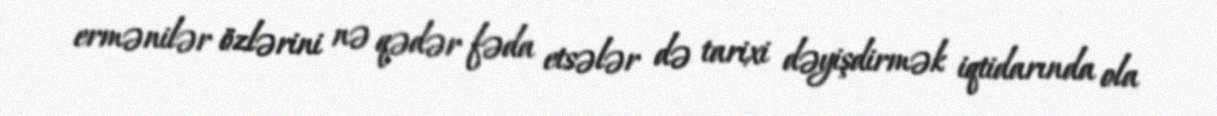
ermənilər özlərini nə qədər fəda etsələr də tarixi dəyişdirmək iqtidarında ola